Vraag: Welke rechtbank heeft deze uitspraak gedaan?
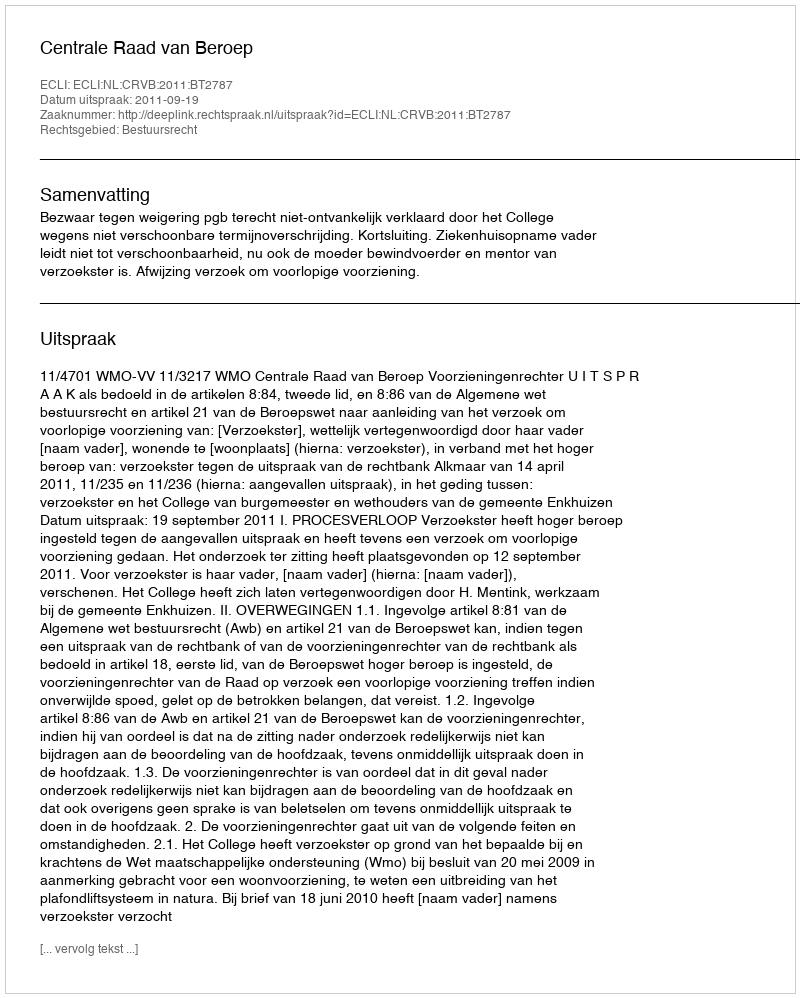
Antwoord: Centrale Raad van Beroep